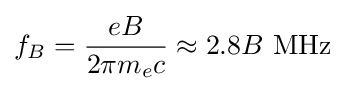
f_{B}={\frac {eB}{2\pi {}m_{e}c}}\approx 2.8B~{\textrm {MHz}}